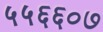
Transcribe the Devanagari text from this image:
५५६६०७